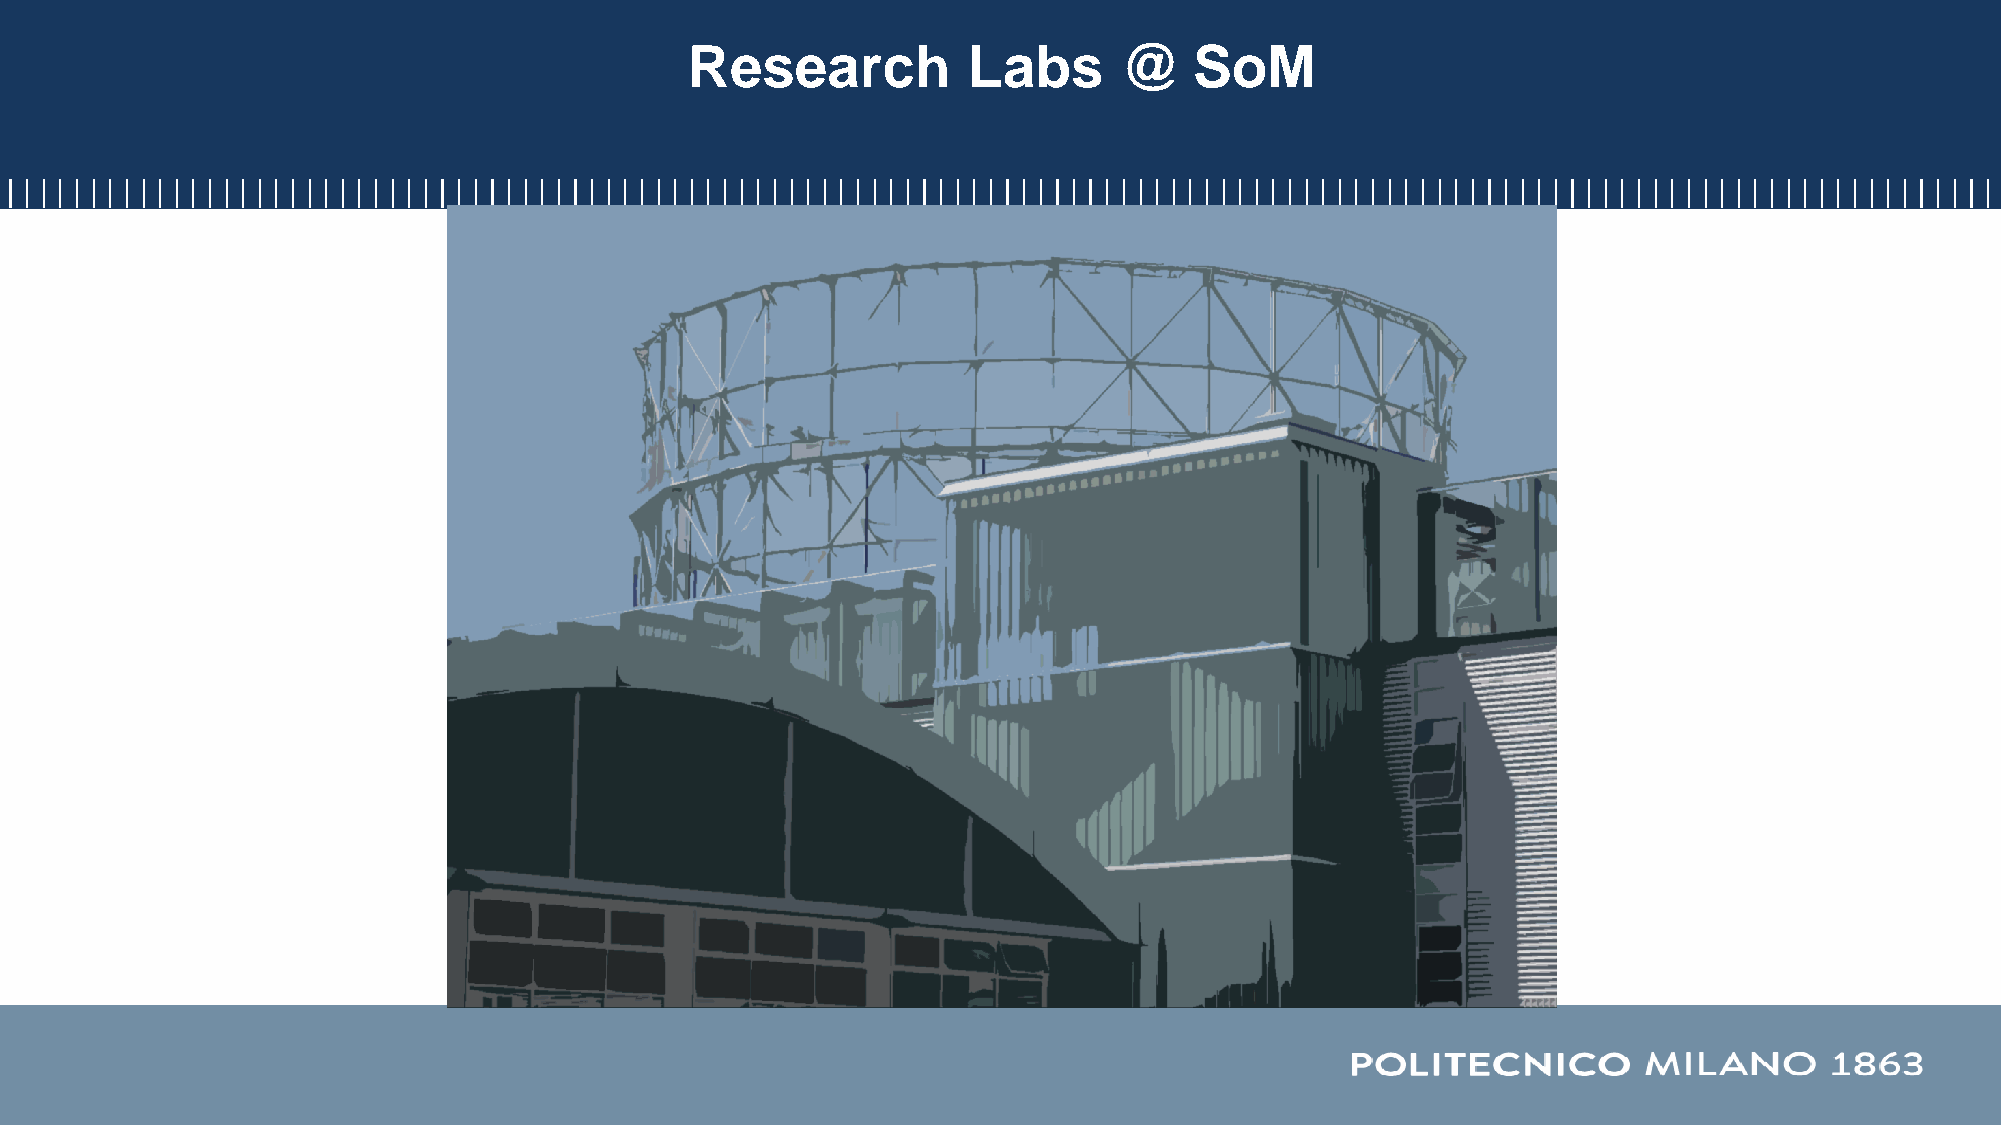
Research          Labs      @    SoM